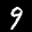
Label: 9